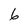
Character: 6